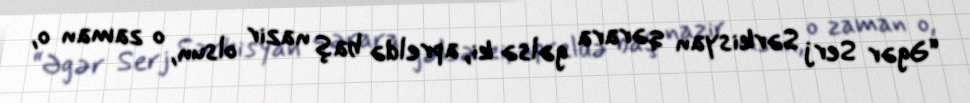
“Əgər Serj Sərkisyan qərara gəlsə ki, apreldə baş nazir olsun, o zaman o,